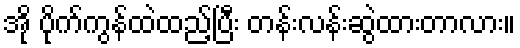
အို ပိုက်ကွန်ထဲထည့်ပြီး တန်းလန်းဆွဲထားတာလား။